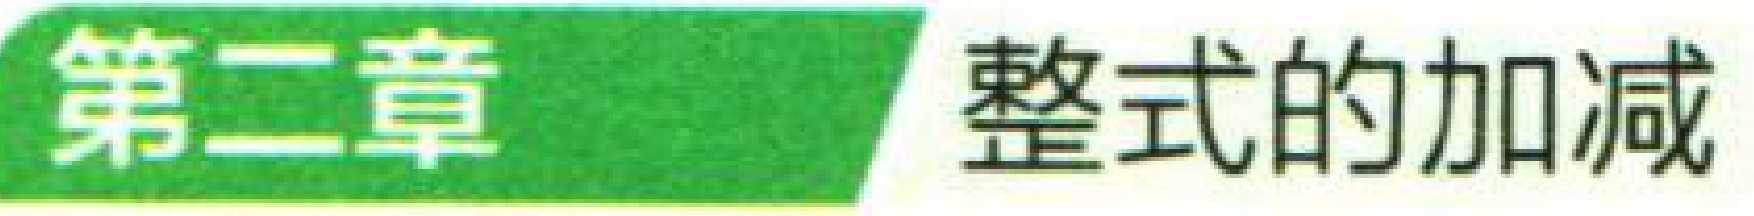
第二章 整式的加减